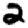
Digit: 2